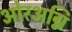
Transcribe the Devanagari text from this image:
ओरअग्नि